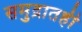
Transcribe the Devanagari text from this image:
समुद्रातही